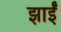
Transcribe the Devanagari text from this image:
झाईं